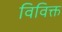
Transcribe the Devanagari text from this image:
विविक्त